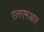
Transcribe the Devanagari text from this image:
एलएमआर